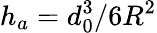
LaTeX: h_{a}=d_{0}^{3}/6R^{2}